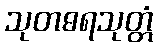
သုတဓရသုတ္တံ